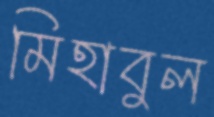
মিহাবুল